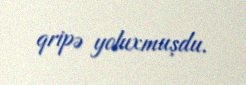
qripə yoluxmuşdu.